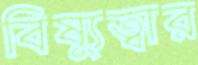
বিষ্যুত্বার